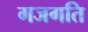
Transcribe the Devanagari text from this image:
गजगति